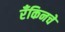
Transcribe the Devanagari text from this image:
रँकिनचे